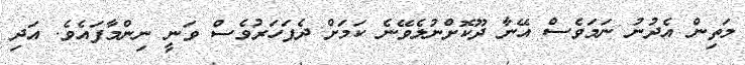
މަތިން އެދުނު ނަމަވެސް އޭނާ ދޫކޮށްނުލެވޭނެ ކަމަށް ދެފަހަރުވެސް ވަނީ ނިންމާފައެވެ. އަދި